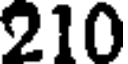
210